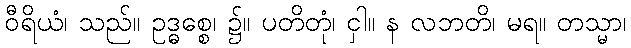
ဝီရိယံ၊ သည်။ ဥဒ္ဓစ္စေ၊ ၌။ ပတိတုံ၊ ငှါ။ န လဘတိ၊ မရ။ တသ္မာ၊